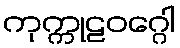
ကုက္ကုဠဝဂ္ဂေါ